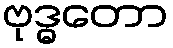
ဗုဒ္ဓတော